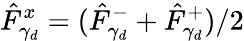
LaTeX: \hat{F}_{\gamma_{d}}^{x}=(\hat{F}_{\gamma_{d}}^{-}+\hat{F}_{\gamma_{d}}^{+})/2